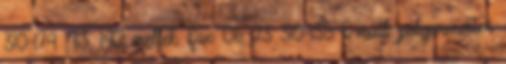
310-174 113, 142 mellék Fax: 06 23 310-135 E-mail: polgarmester